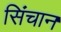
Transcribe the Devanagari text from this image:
सिंचान